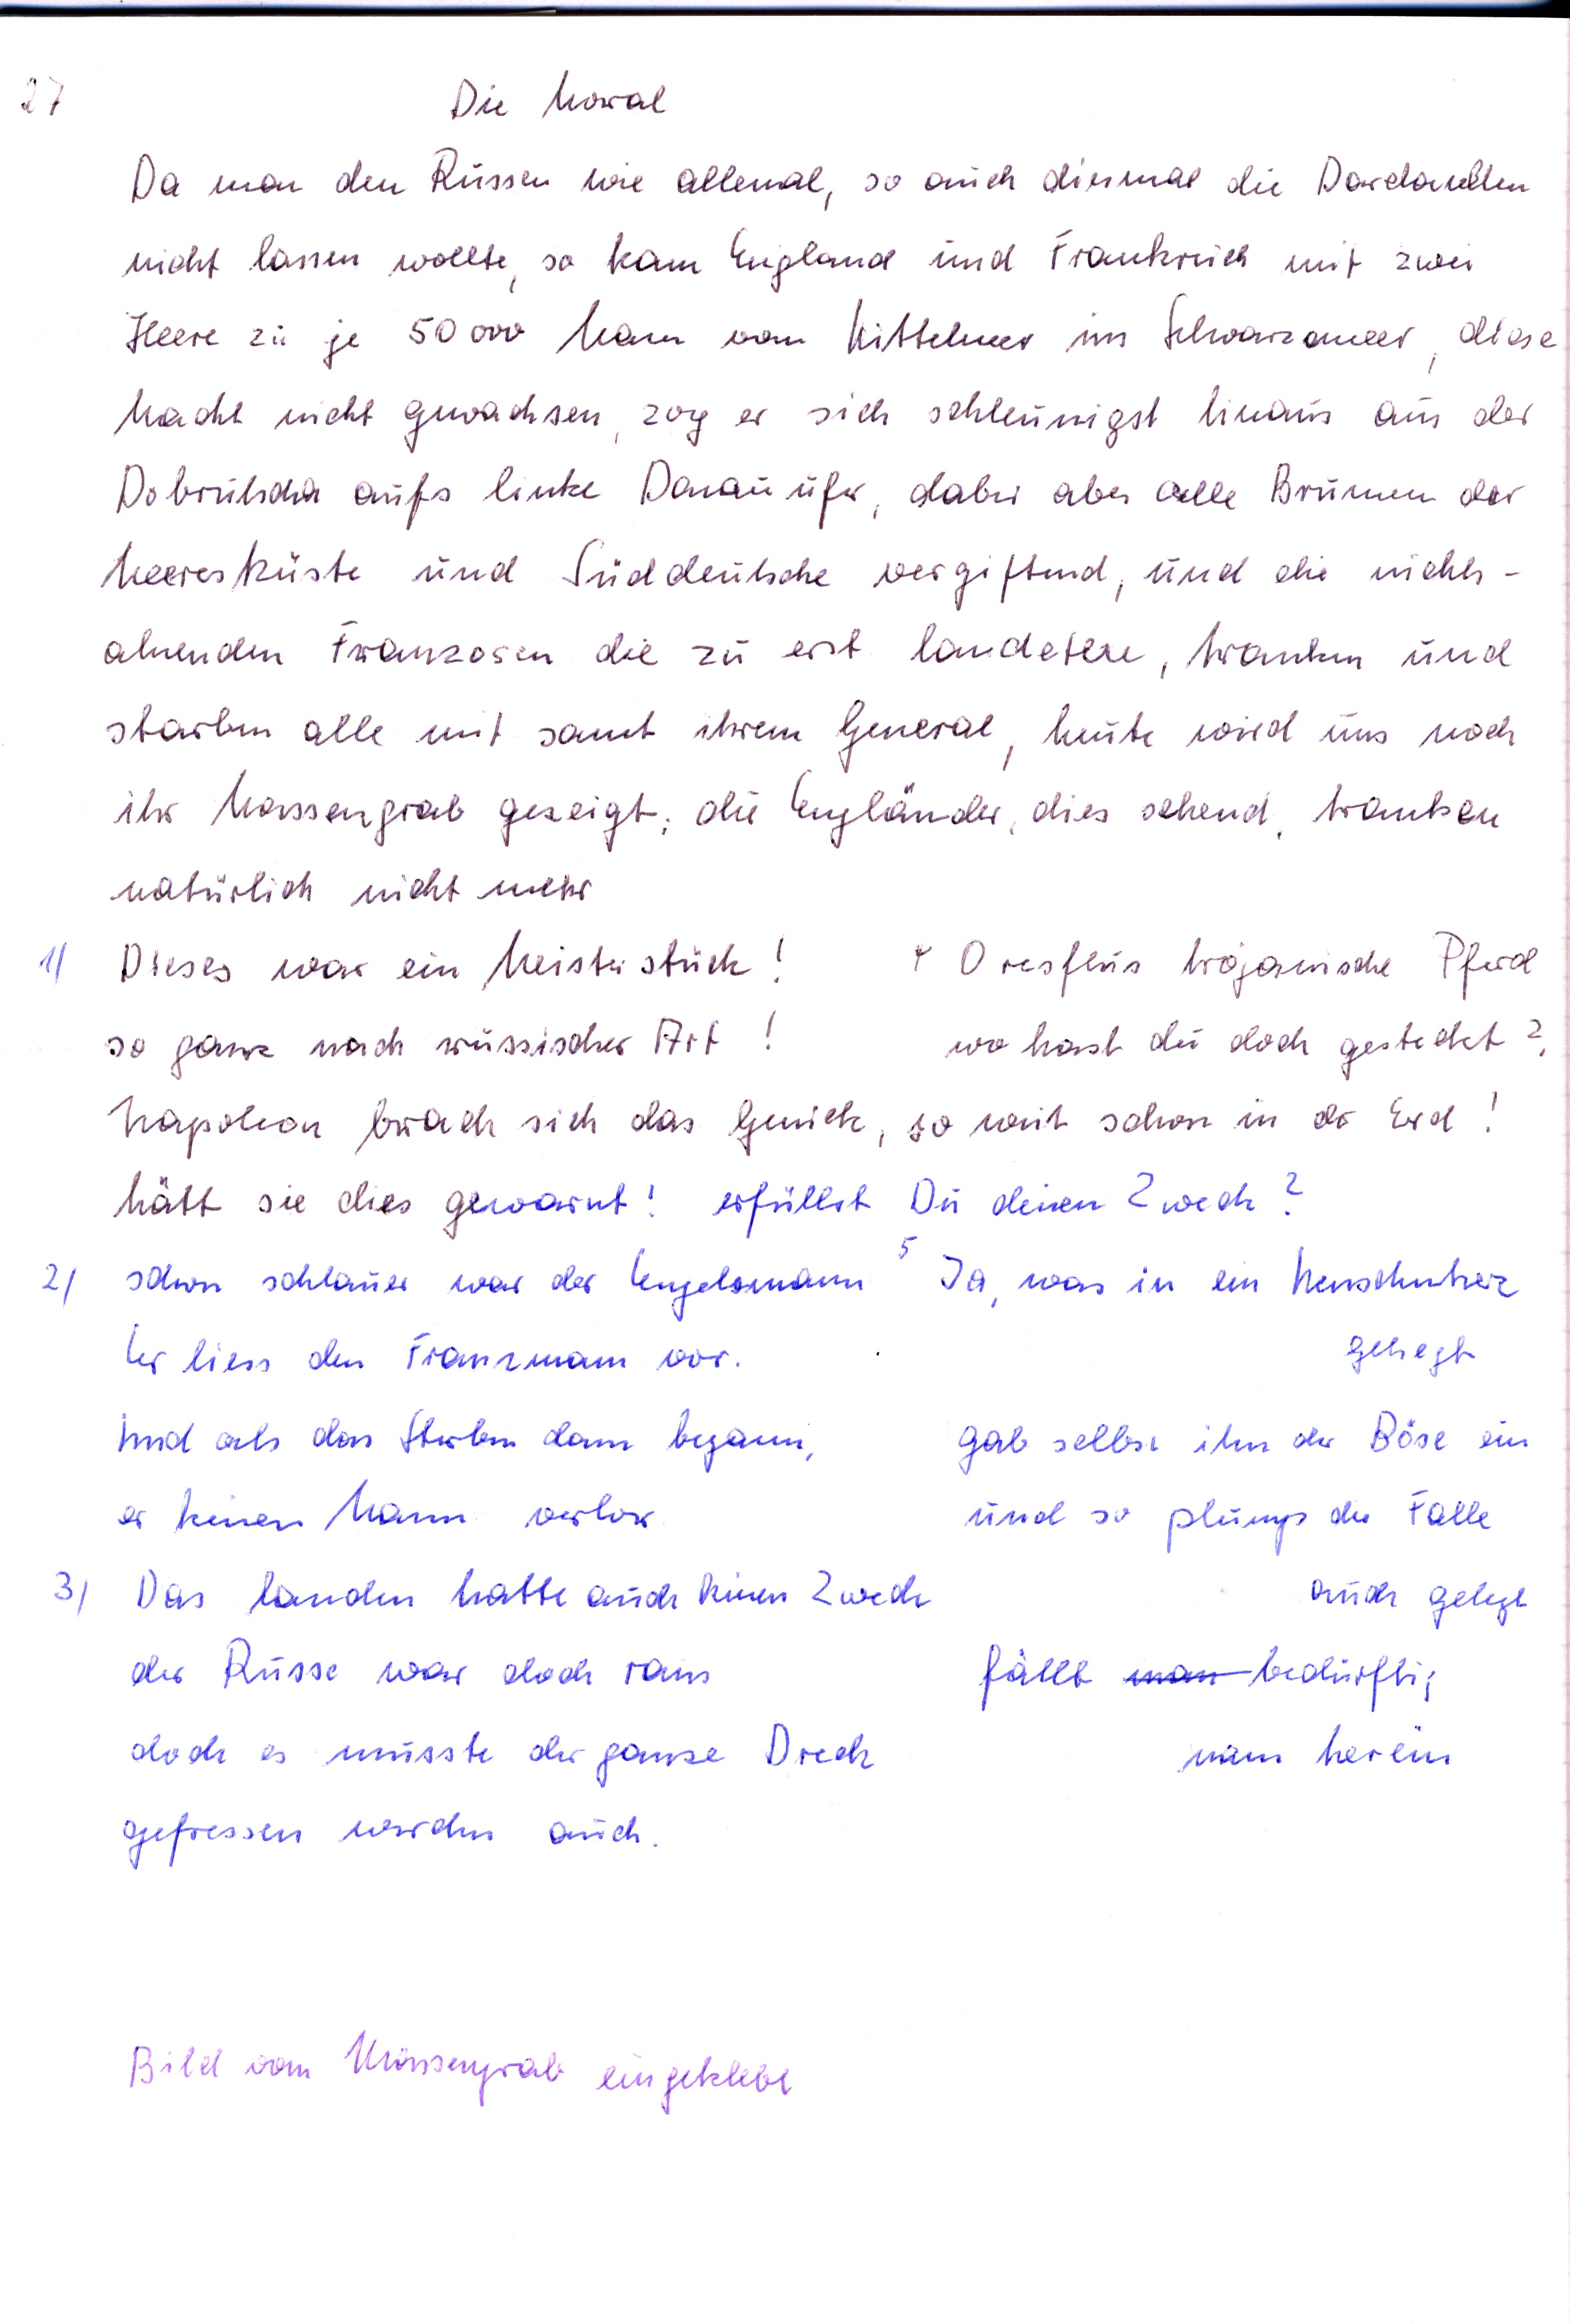
Die Moral
Da man den Russen wie allemal, so auch diesmal die Dardanellen
nicht lassen wollte so kam England und Frankreich mit zwei
Heere zu je 50 000 Mann vom Mittelmeer ins Schwarzeenmeer, diese
Macht nicht gewachsen, zog er sich schleunigst hinaus aus der
Dobrutscha aufs linke Donauufer, dabei aber alle Brunnen der
Meeresküste und Süddeutsche vergiftend, und die nichts-
ahnenden Franzosen die zu erst landeten, tranken und
starben alle mit samt ihrem General, heute wird uns noch
ihr Massengrab gezeigt, die Engländer dies sehend, tranken
natürlich nicht mehr.
4.  O resflus trojanische Pferd
Dieses war ein Meisterstück !
wo hast du doch gesteckt ?
so ganz nach russischer Art !
so weit schon in der Erd !
Napoleon brach sich das Genick
hätt sie dies gewarnt ! erfüllst
erfüllst Du deinen Zweck ?
schon schlauer war der Engelsmann   Ja, was in ein Menschenherz
gehegt
Er liess den Franzmann vor.
und als das Sterben dann begann,
gab selbst ihm der Böse ein
und so plump die Falle
er keinen Mann verlor
auch gelegt
Das landen hatte auch keinen Zweck
der Russe war doch raus
fällt man bedürftig ,
doch es musste der ganze Dreck
man herein
gefressen werden auch
Bild vom Massengrab eingeklebt